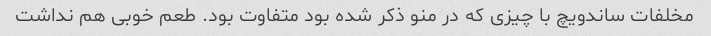
مخلفات ساندویچ با چیزی که در منو ذکر شده بود متفاوت بود. طعم خوبی هم نداشت